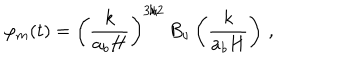
\varphi _ { m } ( t ) = \left( \frac { k } { a _ { b } H } \right) ^ { 3 / 2 } \, B _ { \nu } \left( \frac { k } { a _ { b } H } \right) \, ,